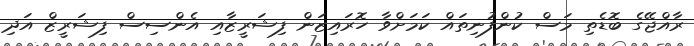
ރާއްޖޭގެ ބޮޑެތި މަސް ކުންފުނިތައް ކަމަށްވާ ހޮރައިޒަން ފިޝަރީޒާއި އެންސިސް ފިޝަރީޒް އަދި